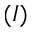
( I )